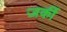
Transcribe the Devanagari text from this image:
जर्की